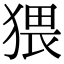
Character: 猥